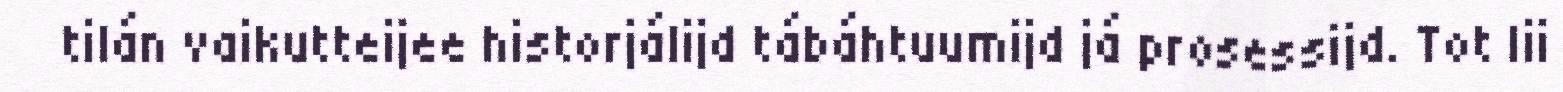
tilán vaikutteijee historjálijd tábáhtuumijd já prosessijd. Tot lii